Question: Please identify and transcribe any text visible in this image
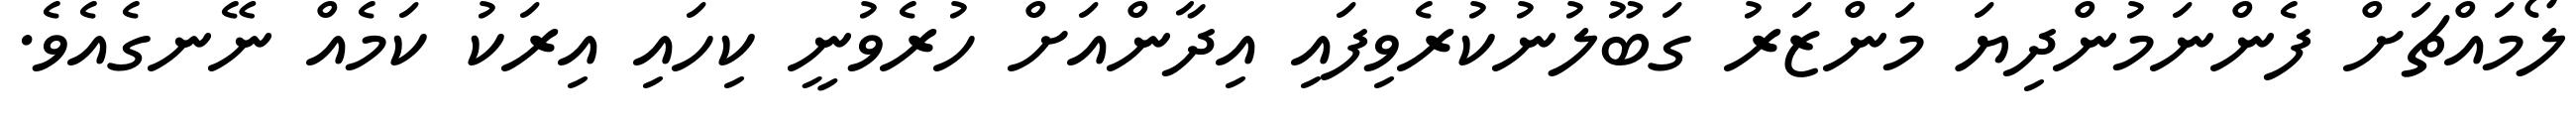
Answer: ލޯމައްޗަށް ފެންނަމުންދިޔަ މަންޒަރު ގަބޫލުނުކުރެވިފައި އިދާންއަށް ހުރެވުނީ ކިހައި އިރަކު ކަމެއް ނޭނގެއެވެ.